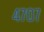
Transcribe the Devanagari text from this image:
४७०७